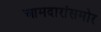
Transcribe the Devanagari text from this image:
आमदारांसमोर